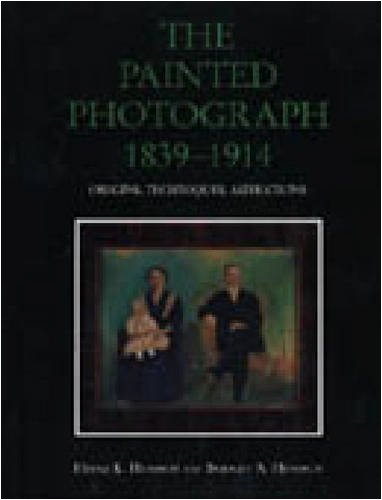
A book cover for The Painted Photograph, 1839-1914: Origins, Techniques, Aspirations; Heinz K. Henisch; Arts & Photography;